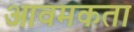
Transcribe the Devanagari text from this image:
आवमकता